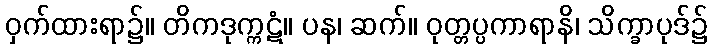
ဝှက်ထားရာ၌။ တိကဒုက္ကဋံ။ ပန၊ ဆက်။ ဝုတ္တပ္ပကာရာနိ၊ သိက္ခာပုဒ်၌